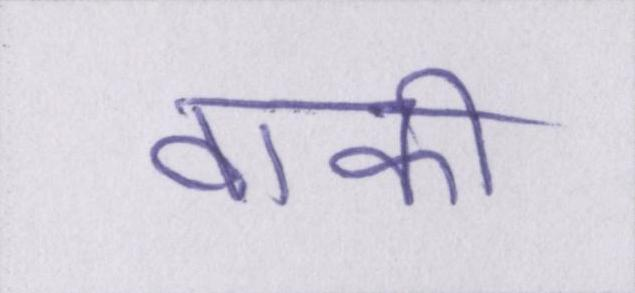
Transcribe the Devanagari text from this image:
वाकी